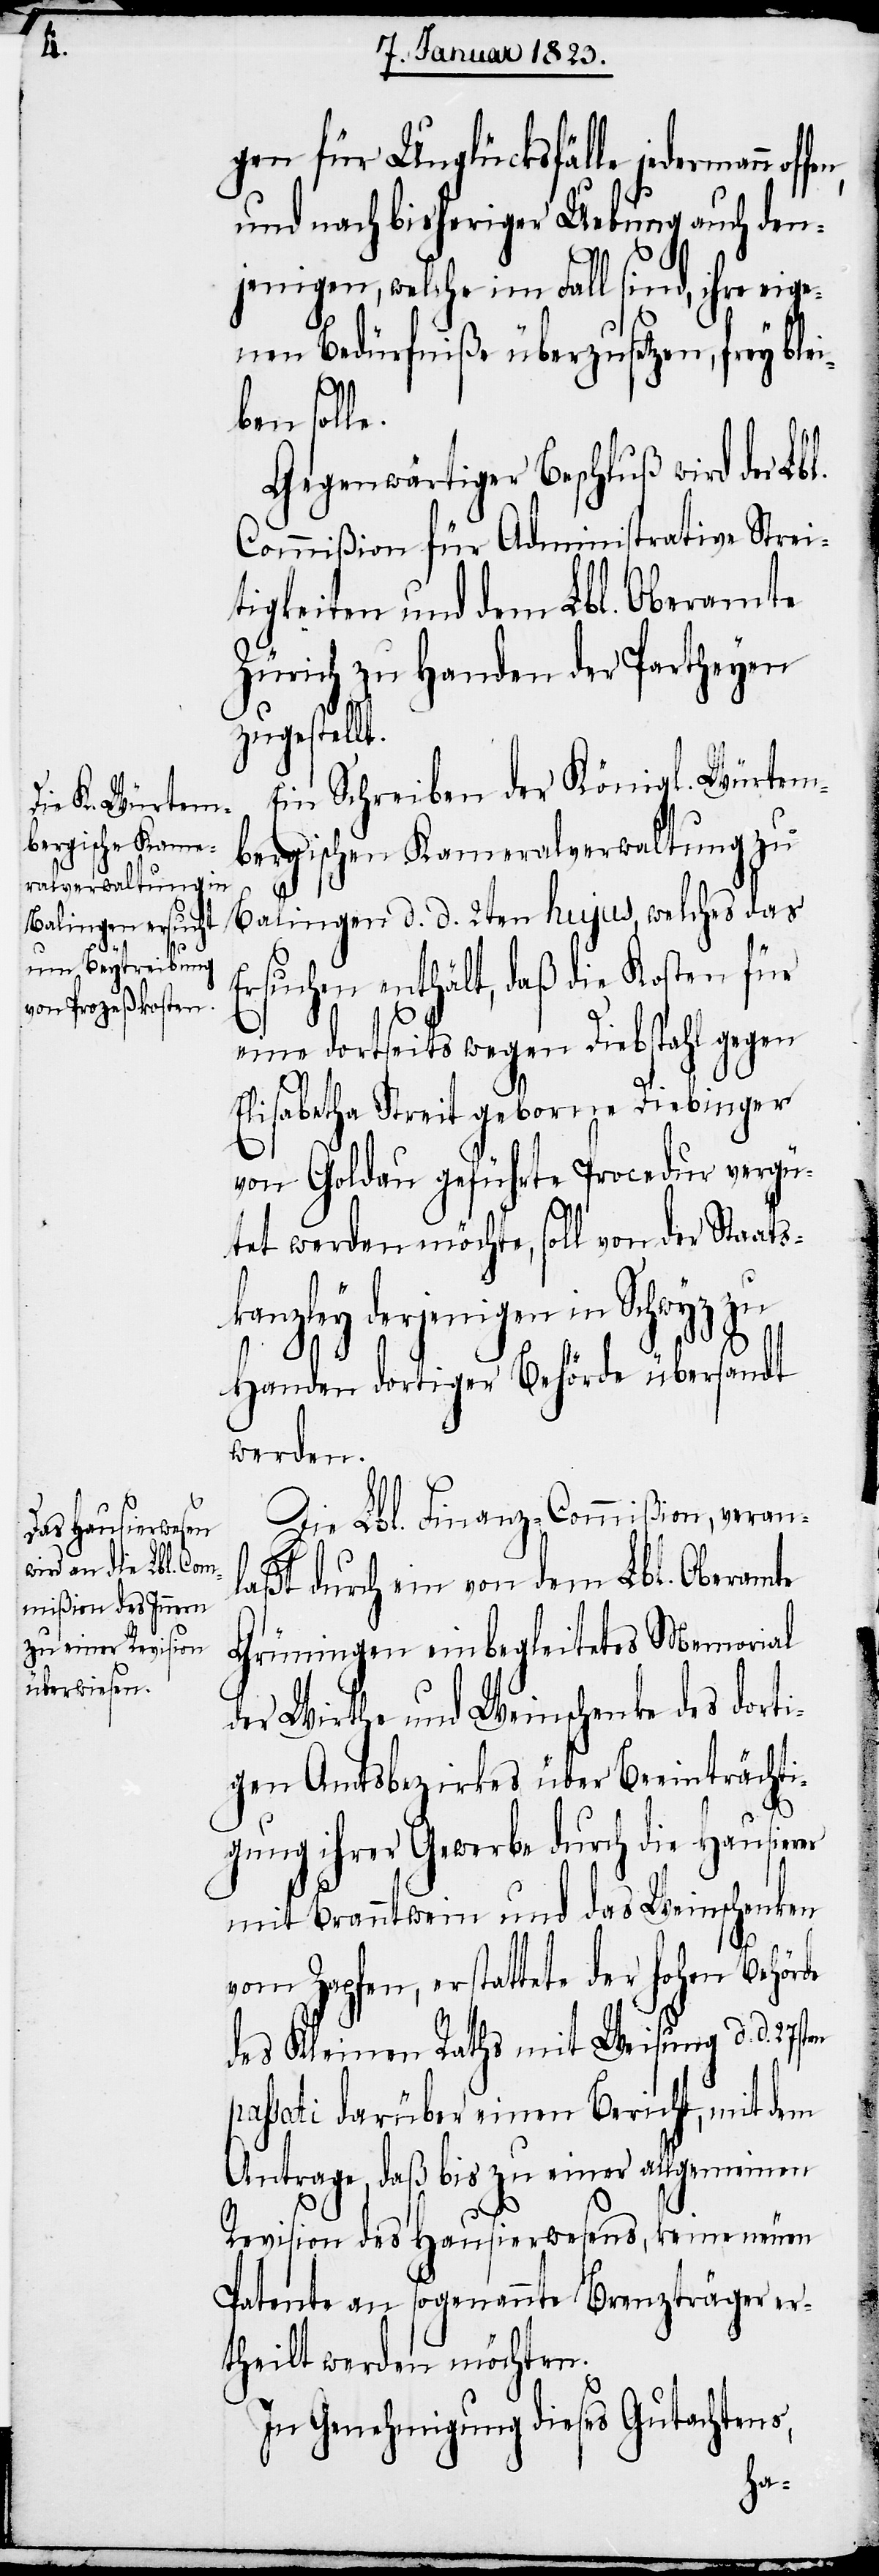
gen für Unglücksfälle jedermann offe¬
und nach bisheriger Uebung auch den¬
jenigen, welche im Fall sind, ihre eige¬
nen Bedürfniße überzusetzen, frey ble¬
iben solle.
Gegenwärtiger Beschluß wird der Lbl.
Commißion für Administrative Strei¬
tigkeiten und dem Lbl. Oberamte
Zürich zu Handen der Partheyen
zugestellt.
Ein Schreiben der Königl. Würtem¬
bergischen Kameralverwaltung zu
Balingen d. d. 2ten hujus, welches das
Ersuchen enthält, daß die Kosten für
eine dortseits wegen Diebstahl gegen
n,
Elisabetha Streit geborne Diebinger
von Goldau geführte Procedur vergü¬
tet werden möchte, soll von der Staats¬
kanzley derjenigen in Schwyz zu
Handen dortiger Behörde übersandt
werden.
Die Lbl. Finanz-Commißion, veran¬
laßt durch ein von dem Lbl. Oberamte
Grüningen einbegleitetes Memorial
der Wirthe und Weinschenke des dorti¬
gen Amtsbezirkes über Beeinträchti¬
gung ihrer Gewerbe durch die Hausierer
mit Branntwein und das Weinschenken
vom Zapfen, erstattete der hohen Behörde
des Kleinen Raths mit Weisung d. d. 27sten
passati darüber einen Bericht, mit dem
Antrage, daß bis zu einer allgemeinen
Revision des Hausierwesens, keine neuen
Patente an sogenannte Brenzträger er¬
theilt werden möchten.
In Genehmigung dieses Gutachtens,